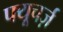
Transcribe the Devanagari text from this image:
फ्यूचर्ज़